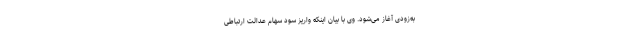
به‌زودی آغاز می‌شود. وی با بیان اینکه واریز سود سهام عدالت ارتباطی